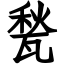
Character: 甃